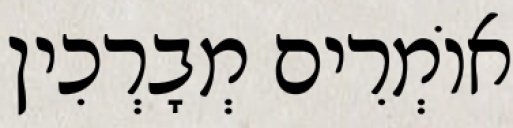
אוֹמְרִים מְבָרְכִין